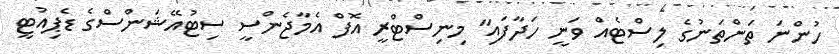
ހުންނަ ތަންތަނުގެ ލިސްޓެއް ވަނީ ހަދާފައި" މިނިސްޓްރީ އޮފް އެމާޖެންސީ ސިޓުއޭޝަންސްގެ ޑެޕިއުޓީ